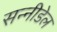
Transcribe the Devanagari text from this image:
सन्नीडेल